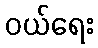
ဝယ်ရေး